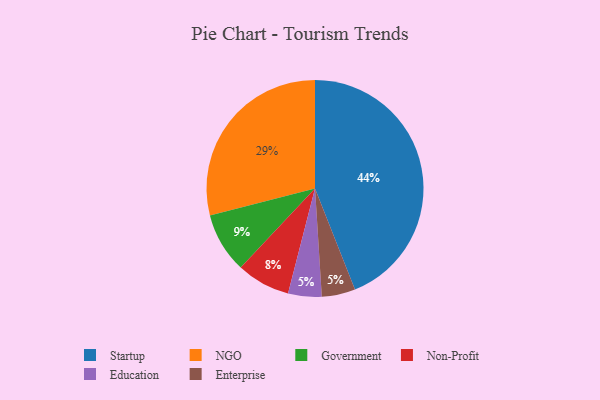
{"axis": {"x": "Category", "y": "Percentage"}, "legend": ["Education", "Enterprise", "Government", "NGO", "Non-Profit", "Startup"], "data": [{"x": "Education", "y": 5, "type": "Education"}, {"x": "Startup", "y": 44, "type": "Startup"}, {"x": "NGO", "y": 29, "type": "NGO"}, {"x": "Enterprise", "y": 5, "type": "Enterprise"}, {"x": "Non-Profit", "y": 8, "type": "Non-Profit"}, {"x": "Government", "y": 9, "type": "Government"}]}